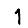
Digit: 1